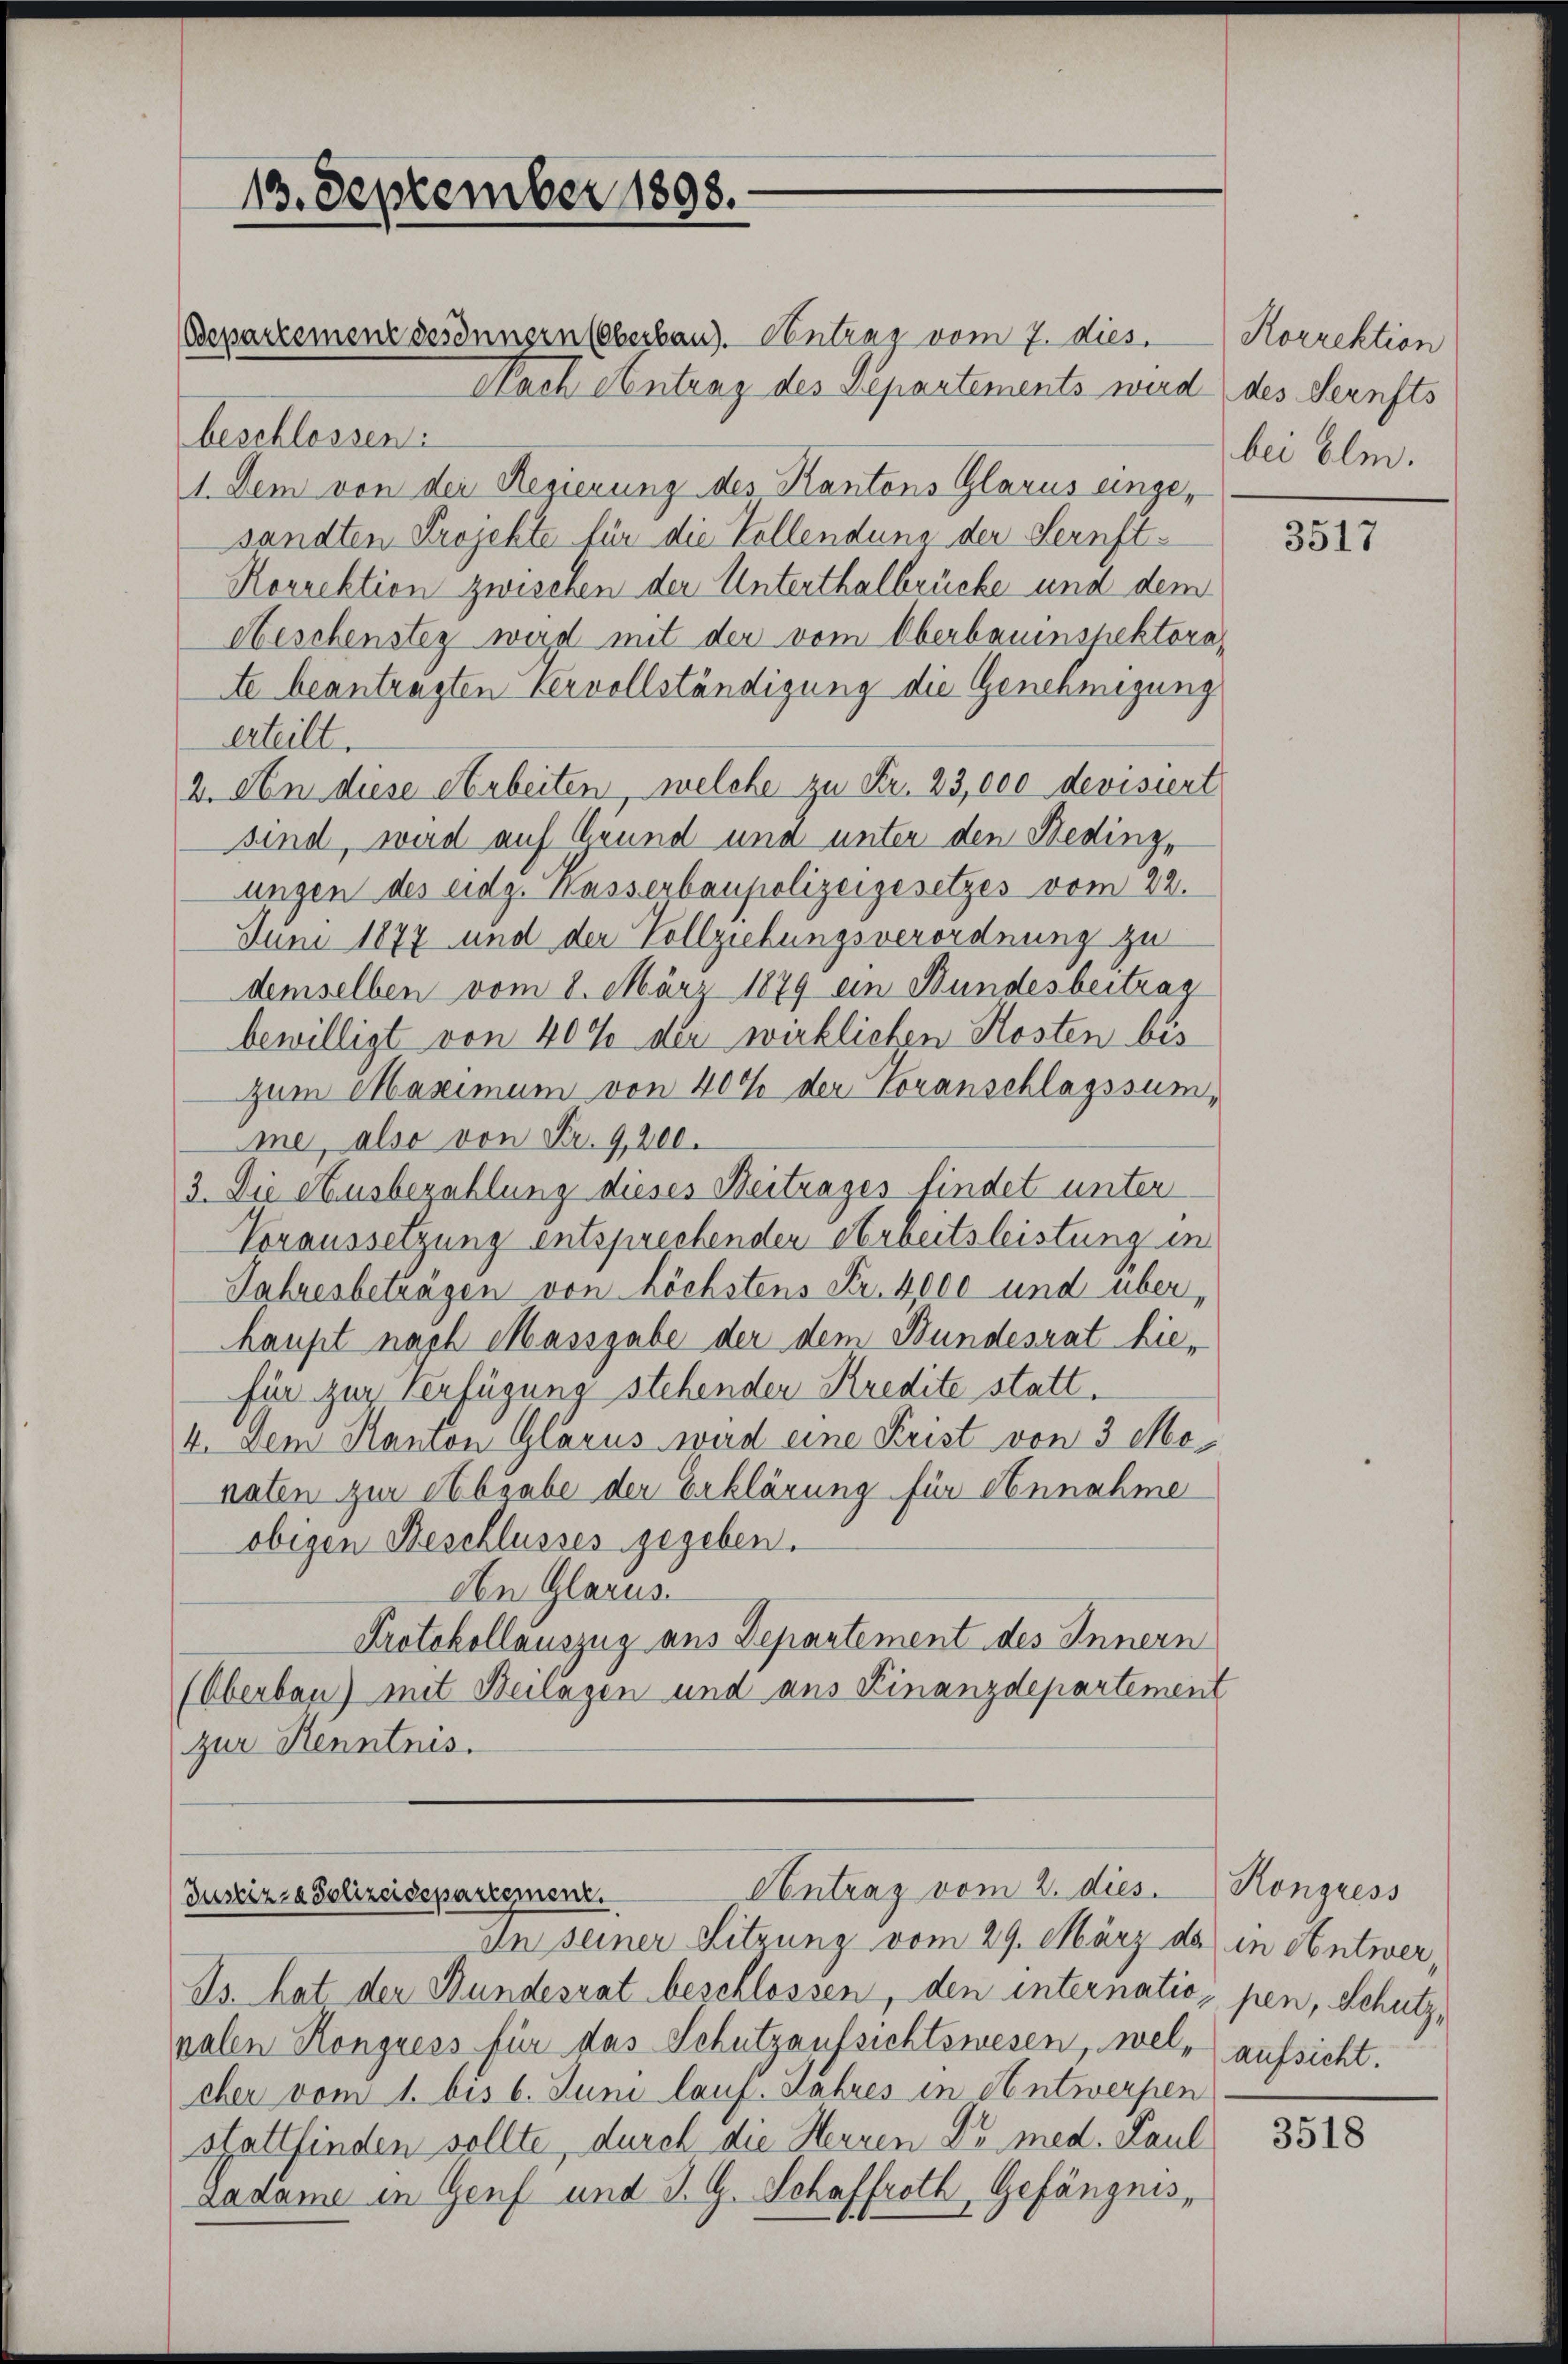
13. September 1898.

Departemenz desinnern (Oberbau). Centrag vom 7. dies. Korrektion
Nach Antrag des Departements wird des Sernsts
beschlossen.
1. Dem von der Regierung des Kantons Glarus eingesandten Projekte für die Vollendung der Sernft¬
Korrektion zwischen der Unterthalbrücke und dem
Aeschensteg wird mit der vom Oberbauinspektoratte beantragten Vervollständigung die Genehmigung
erteilt.
2. An diese Arbeiten, welche zu Fr. 23,000 devisiert
sind, wird auf Grund und unter den Beding,
ungen des eidg. Kasserbaupolizeigesetzes vom 22.
Juni 1877 und der Vollziehungsverordnung zu
demselben vom 8. März 1879 ein Bundesbeitrag
bewilligt von 40% der wirklichen Kosten bis
Zum Maximum von 40% der Voranschlagssumme, also von Fr. 4,200.
3. Die Ausbezahlung dieses Beitrages findet unter
Voraussetzung entsprechenden Arbeitsleistung in
Jahresbeträgen von höchstens Fr. 4000 und überhaupt nach Massgabe der dem Bundesrat hiefür zur Verfügung stehenden Kredite statt.
4. Dem Kanton Glarus wird eine Frist von 3 Monaten zur Abgabe der Erklärung für Annahme
obigen Beschlusses gegeben.
den Glarus.
Protokollauszug aus Departement des Innern
(Oberbau) mit Beilagen und aus Finanzdepartement
zur Kenntnis.

Contrag vom 2. dies
Justiz- & Polizeidepartement.

In seiner Sitzung vom 29. März da in Antwer¬
Is. hat der Bundesrat beschlossen, den internatio, pen, Schutz,
palen Kongress für das Schutzaufsichtswesen, wel- aufsicht.
cher vom 1. bis 6. Juni lauf. Jahres in Antwerpen
stattfinden sollte, durch die Herren Dr. med. Paul
Ladame in Genf und J. G. Schaffroth, Gefängnis¬

bei Elm.

3517

Kongress

3518